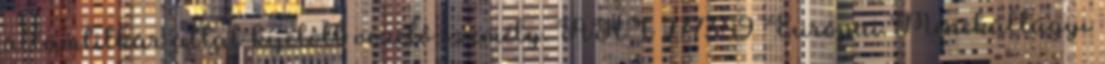
államtitkár által kijelölt vezető személy. ÁHT 277389 Európai Menekültügyi